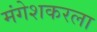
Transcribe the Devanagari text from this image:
मंगेशकरला